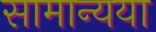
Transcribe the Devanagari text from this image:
सामान्यया